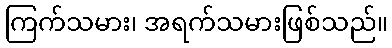
ကြက်သမား၊ အရက်သမားဖြစ်သည်။